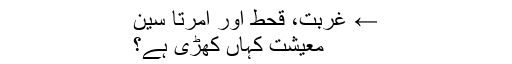
← غربت، قحط اور امرتا سین
معیشت کہاں کھڑی ہے؟